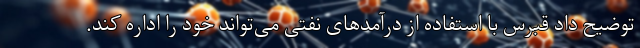
توضیح داد قبرس با استفاده از درآمدهای نفتی می‌تواند خود را اداره کند.